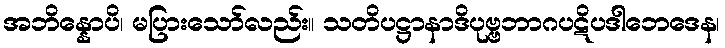
အဘိန္နောပိ၊ မပြားသော်လည်း။ သတိပဋ္ဌာနာဒိပုဗ္ဗဘာဂပဋိပဒါဘေဒေန၊